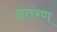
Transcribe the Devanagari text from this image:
अतंरण